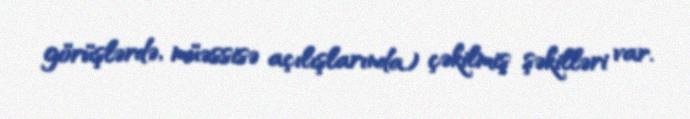
görüşlərdə, müəssisə açılışlarında) çəkilmiş şəkilləri var.